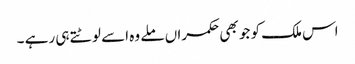
اس ملک کو جو بھی حکمراں ملے وہ اسے لوٹتے ہی رہے ۔